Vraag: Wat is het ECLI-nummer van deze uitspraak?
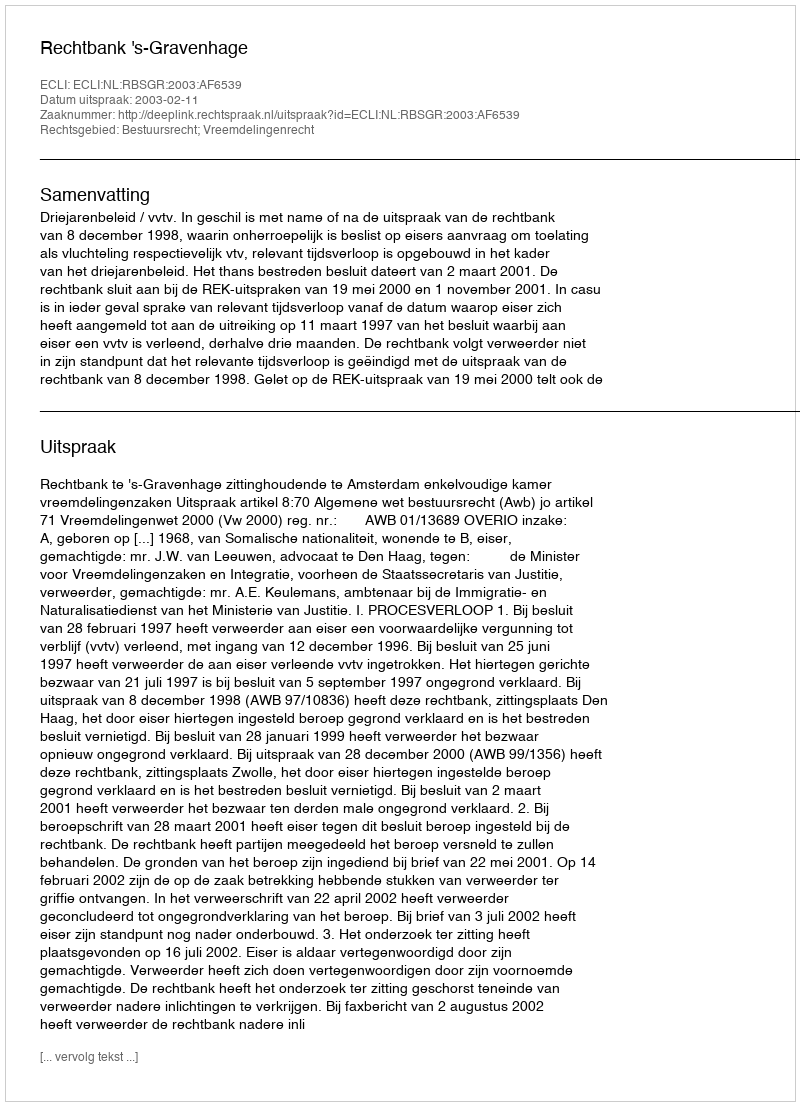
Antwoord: ECLI:NL:RBSGR:2003:AF6539